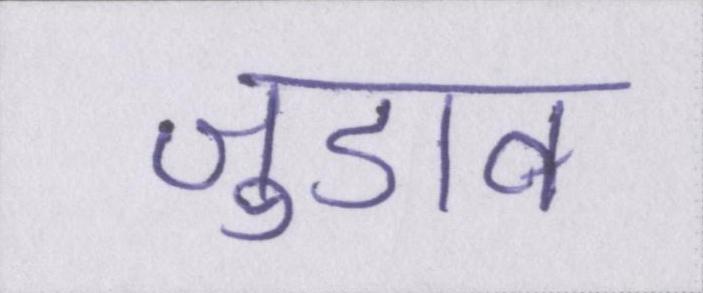
जुडाव